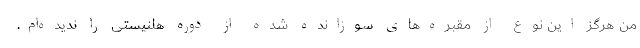
من هرگز این نوع از مقبره‌های سوزانده شده از دوره هلنیستی را ندیده‌ام.